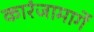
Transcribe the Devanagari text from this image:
कारंजामार्गे